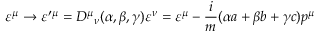
\varepsilon ^ { \mu } \rightarrow \varepsilon ^ { \prime \mu } = { D ^ { \mu } } _ { \nu } ( \alpha , \beta , \gamma ) \varepsilon ^ { \nu } = \varepsilon ^ { \mu } - \frac { i } { m } ( \alpha a + \beta b + \gamma c ) p ^ { \mu }